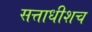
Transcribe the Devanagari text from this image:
सत्ताधीशच